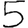
Digit: 5